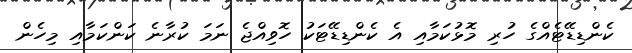
ކެންޑިޑޭޓެއްގެ ހުރި މޮޅުކަމާއި އެ ކެންޑިޑޭޓަކު ހޮވިއްޖެ ނަމަ ކުރާނެ ކަންކަމާއި މިހެން